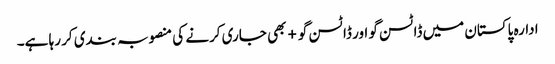
ادارہ پاکستان میں ڈاٹسن گو اور ڈاٹسن گو+ بھی جاری کرنے کی منصوبہ بندی کر رہا ہے۔